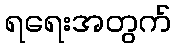
ရရေးအတွက်